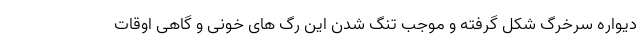
دیواره سرخرگ شکل گرفته و موجب تنگ شدن این رگ های خونی و گاهی اوقات